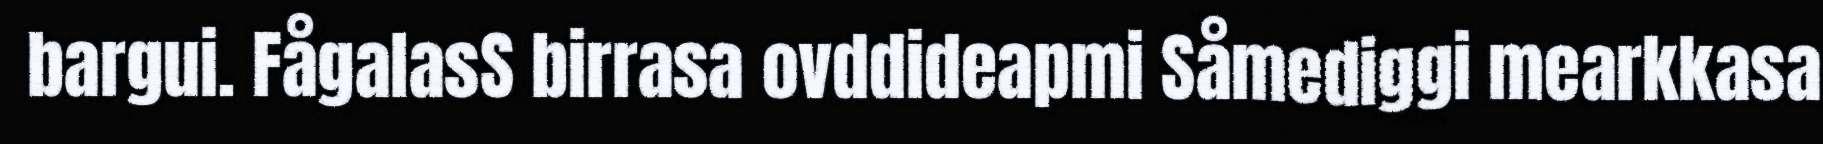
bargui. FågalasS birrasa ovddideapmi Såmediggi mearkkasa